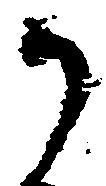
御